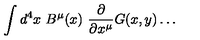
\int d ^ { 4 } x \ B ^ { \mu } ( x ) \ { \frac { \partial } { \partial x ^ { \mu } } } G ( x , y ) \dots